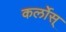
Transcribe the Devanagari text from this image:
कर्लोस्